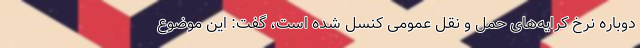
دوباره نرخ کرایه‌های حمل و نقل عمومی کنسل شده است، گفت: این موضوع